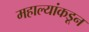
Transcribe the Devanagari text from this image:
महाल्यांकडून